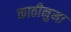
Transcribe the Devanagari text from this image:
काठीनुमा